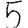
Digit: 5